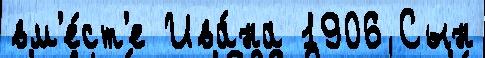
вм'е́ст'е Ива́на 1906 Сын